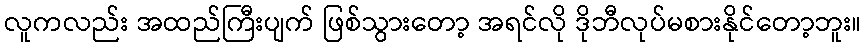
လူကလည်း အထည်ကြီးပျက် ဖြစ်သွားတော့ အရင်လို ဒိုဘီလုပ်မစားနိုင်တော့ဘူး။